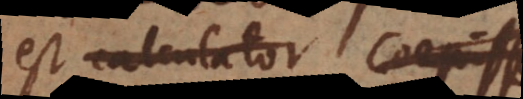
est calculator, coep